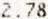
2.78